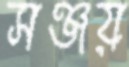
সঞ্জয়